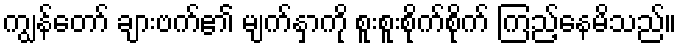
ကျွန်တော် ချားဗက်၏ မျက်နှာကို စူးစူးစိုက်စိုက် ကြည့်နေမိသည်။